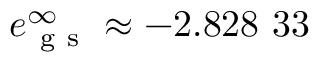
e _ { \mathrm { ~ g ~ s ~ } } ^ { \infty } \approx - 2 . 8 2 8 \ 3 3